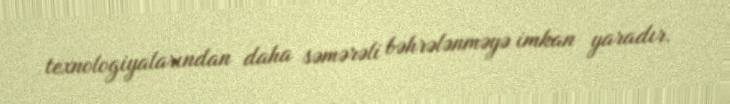
texnologiyalarından daha səmərəli bəhrələnməyə imkan yaradır.